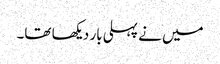
میں نے پہلی بار دیکھا تھا۔